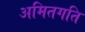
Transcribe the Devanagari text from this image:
अमितगति